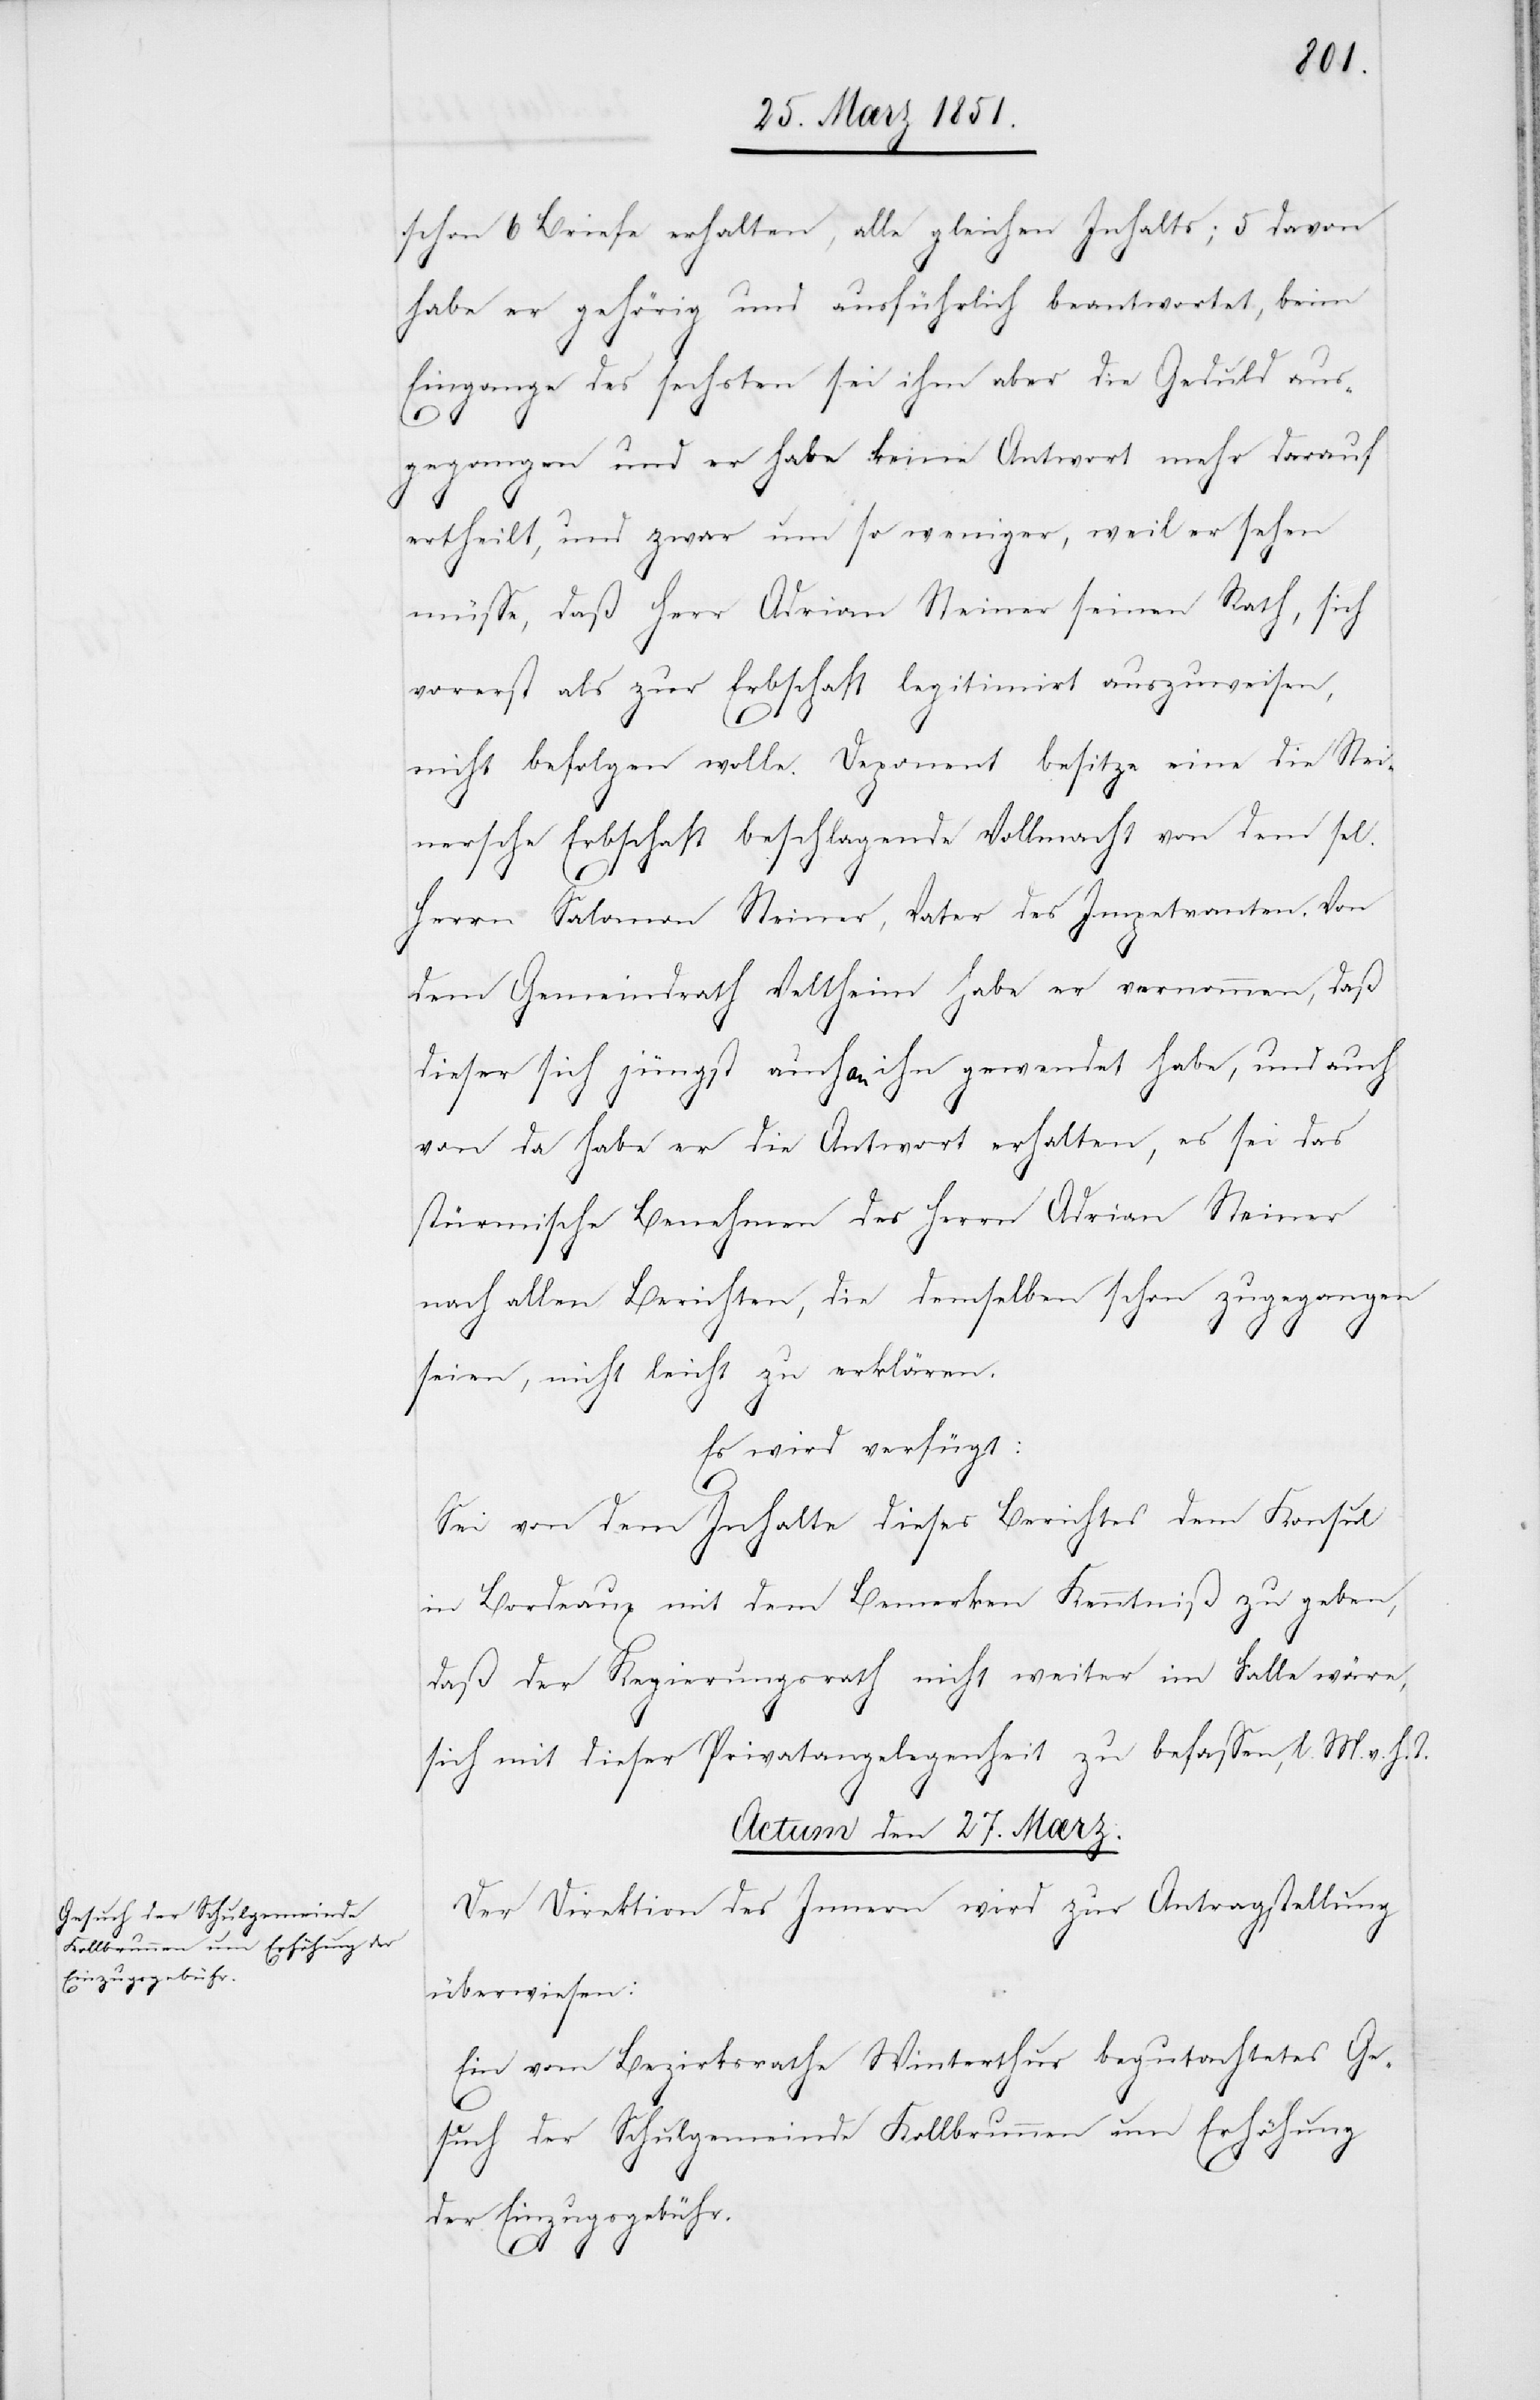
schon 6 Briefe erhalten, alle gleichen Inhalts; 5 davon
habe er gehörig und ausführlich beantwortet, beim
Eingange des sechsten sei ihm aber die Geduld aus¬
gegangen und er habe keine Antwort mehr darauf
ertheilt, und zwar um so weniger, weil er sehen
müsse, daß Herr Adrian Steiner seinen Rath, sich
vorerst als zur Erbschaft legitimirt auszuweisen,
nicht befolgen wolle. Deponent besitze eine die Stei¬
nersche Erbschaft beschlagende Vollmacht von dem sel.
Herrn Salomon Steiner, Vater des Impetranten. Von
dem Gemeindrath Veltheim habe er vernommen, daß
dieser sich jüngst auch an ihn gewendet habe, und auch
von da habe er die Antwort erhalten, es sei das
stürmische Benehmen des Herrn Adrian Steiner
nach allen Berichten, die demselben schon zugegangen
seien, nicht leicht zu erklären.
Es wird verfügt:
Sei von dem Inhalte dieses Berichtes dem Konsul
in Bordeaux mit dem Bemerken Kenntniß zu geben,
daß der Regierungsrath nicht weiter im Falle wäre,
sich mit dieser Privatangelegenheit zu befassen, l. M. v. h.
Actum den 27. Mærz.
Der Direktion des Innern wird zur Antragstellung
überwiesen:
Ein vom Bezirksrathe Winterthur begutachtetes Ge¬
such der Schulgemeinde Kollbrunnen um Erhöhung
der Einzugsgebühr.